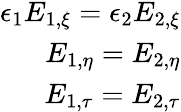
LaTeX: \begin{array}{r}{\epsilon_{1}E_{1,\xi}=\epsilon_{2}E_{2,\xi}}\\ {E_{1,\eta}=E_{2,\eta}}\\ {E_{1,\tau}=E_{2,\tau}}\end{array}